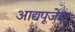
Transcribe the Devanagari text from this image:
आद्यपूजेचा